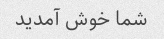
شما خوش آمدید